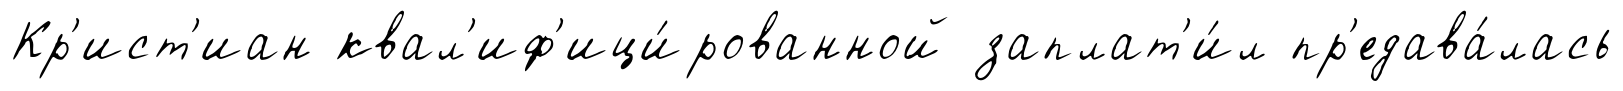
Кр'ист'иан квал'иф'ици́рованной заплат'и́л пр'едава́лась